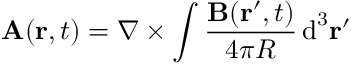
\mathbf { A } ( \mathbf { r } , t ) = \nabla \times \int { \frac { \mathbf { B } ( \mathbf { r } ^ { \prime } , t ) } { 4 \pi R } } \operatorname { d } ^ { 3 } \! \mathbf { r } ^ { \prime }